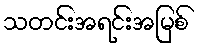
သတင်းအရင်းအမြစ်